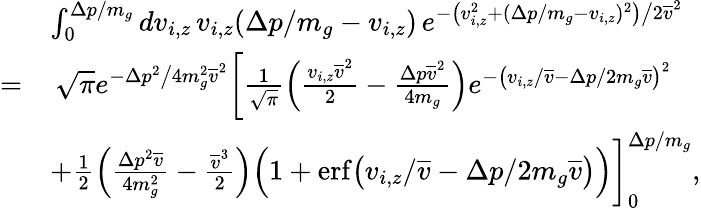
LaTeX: \begin{array}{rl}&{\int_{0}^{\Delta p/m_{g}}dv_{i,z}\, v_{i,z}(\Delta p/m_{g}-v_{i,z})\, e^{-\big(v_{i,z}^{2}+(\Delta p/m_{g}-v_{i,z})^{2}\big)\big/2\overline{{v}}^{2}}}\\ {=}&{\, \sqrt{\pi}e^{-\Delta p^{2}\big/4m_{g}^{2}\overline{{v}}^{2}}\bigg[\frac{1}{\sqrt{\pi}}\Big(\frac{v_{i,z}\overline{{v}}^{2}}{2}-\frac{\Delta p\overline{{v}}^{2}}{4m_{g}}\Big)e^{-\big(v_{i,z}/\overline{{v}}-\Delta p/2m_{g}\overline{{v}}\big)^{2}}}\\ &{+\frac{1}{2}\Big(\frac{\Delta p^{2}\overline{{v}}}{4m_{g}^{2}}-\frac{\overline{{v}}^{3}}{2}\Big)\Big(1+\mathrm{erf}\big(v_{i,z}/\overline{{v}}-\Delta p/2m_{g}\overline{{v}}\big)\Big)\bigg]_{0}^{\Delta p/m_{g}},}\end{array}